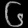
Digit: ၆